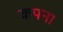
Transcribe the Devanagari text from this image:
कपना